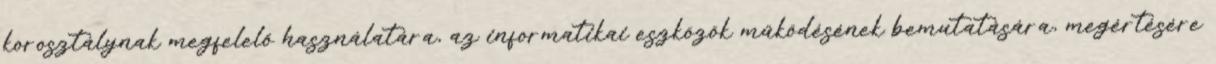
korosztálynak megfelelő használatára, az informatikai eszközök működésének bemutatására, megértésére